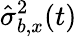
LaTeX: {\hat{\sigma}_{b,x}^{2}(t)}